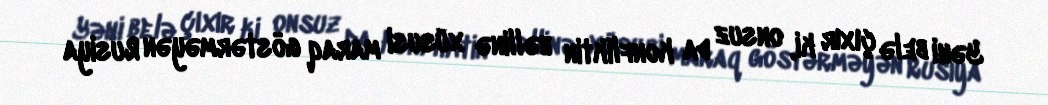
Yəni belə çıxır ki, onsuz da konfliktin həllinə xüsusi maraq göstərməyən Rusiya